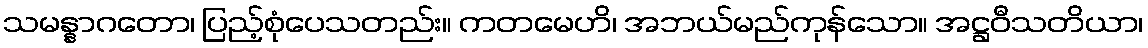
သမန္နာဂတော၊ ပြည့်စုံပေသတည်း။ ကတမေဟိ၊ အဘယ်မည်ကုန်သော။ အဋ္ဌဝီသတိယာ၊